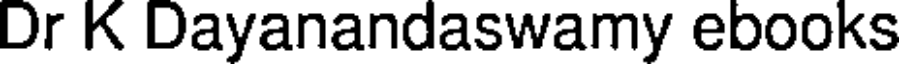
Dr K Dayanandaswamy ebooks